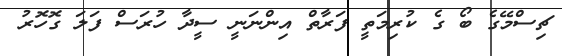
ޗިސްމޭގެ ބޯ ގެ ކުރިމަތީ ފަރާތް އިންނަނީ ސީދާ ހުރަސް ފަލަ ގޮހޮރު